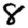
Digit: 8